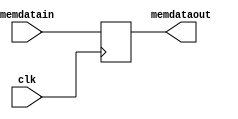
/*************************************************************
Design Name 	: 
File Name   	: .v
Function    	: 
Coder		    	: 
Last Modified	: 
*************************************************************/

module mdr(memdatain,memdataout,clk);
	input [15:0] memdatain;
	input clk;
	output [15:0] memdataout;

	reg [15:0]memdataout;

	always @ (posedge clk)
	begin
		memdataout=memdatain;
	end

endmodule